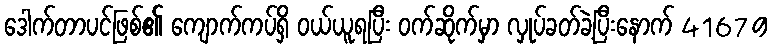
ဒေါက်တာပင်ဖြစ်၏ ကျောက်ကပ်ရှိ ဝယ်ယူရပြီး ဝက်ဆိုက်မှာ လှုပ်ခတ်ခဲ့ပြီးနောက် 41679